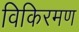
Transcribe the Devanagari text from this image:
विकिरमण